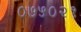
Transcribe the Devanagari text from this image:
०७५०२१